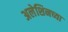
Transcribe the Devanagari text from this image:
अलेशिनच्या